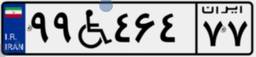
۶۶W۶۷۱۸۳